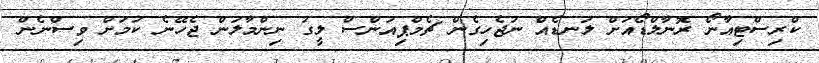
ކްރިސްޓިއާނޯ ރޮނާލްޑޯއަށް ލަނޑެއް ނުޖެހިގެން ޗެމްޕިއަންސް ލީގު ނިންމާލަން ޖެހޭނެ ކަމަށް ވިސްނެން